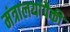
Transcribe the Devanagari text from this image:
मंत्रालयांपैकी